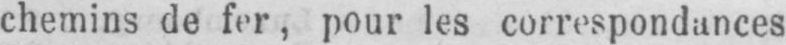
chemins de fer, pour les correspondances